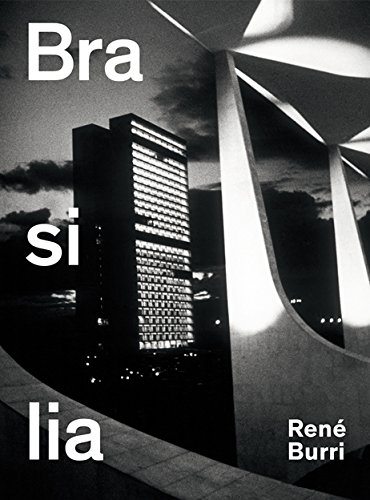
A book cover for Rene Burri. Brasilia: Photographs 1958-1997; Travel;